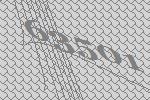
63501